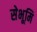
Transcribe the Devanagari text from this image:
सेभूमि